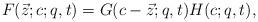
LaTeX: \begin{gather*} F(\vec{z};c;q,t) = G(c-\vec{z};q,t) H(c;q,t), \end{gather*}